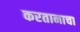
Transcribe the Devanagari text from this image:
करतानाचा